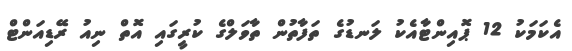
އެކަމަކު 12 ޕޮއިންޓާއެކު ލަނޑުގެ ތަފާތުން ތާވަލްގެ ކުރީގައި އޮތް ނިއު ރޭޑިއަންޓް